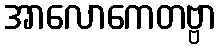
အာလောကေတဗ္ဗာ